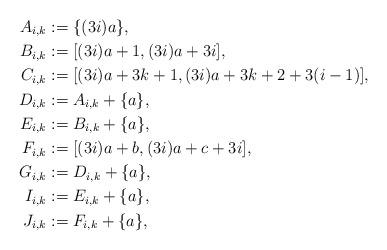
LaTeX: \begin{align*}A_{i,k} & := \{(3i) a \},\\B_{i,k} & := [(3i) a + 1, (3i) a + 3i],\\C_{i,k} & := [(3i) a + 3k+1, (3i) a + 3k+2 + 3 (i-1)],\\D_{i,k} & := A_{i,k} + \{ a \},\\E_{i,k} & := B_{i,k} + \{ a \},\\F_{i,k} & := [(3i) a + b, (3i) a + c + 3 i],\\ G_{i,k} & := D_{i,k} + \{ a \},\\I_{i,k} & := E_{i,k} + \{ a \},\\J_{i,k} & := F_{i,k} + \{ a \},\end{align*}